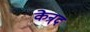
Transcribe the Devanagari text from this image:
केन्र्द